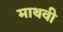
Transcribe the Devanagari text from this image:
माथवी